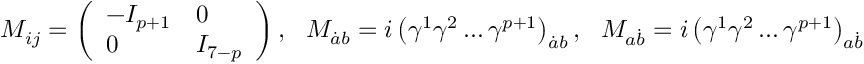
M _ { i j } = \left( \begin{array} { l l } { { - I _ { p + 1 } } } & { { 0 } } \\ { { 0 } } & { { I _ { 7 - p } } } \end{array} \right) , \ \ \ M _ { \dot { a } b } = i \left( \gamma ^ { 1 } \gamma ^ { 2 } \dots \gamma ^ { p + 1 } \right) _ { \dot { a } b } , \ \ \ M _ { a \dot { b } } = i \left( \gamma ^ { 1 } \gamma ^ { 2 } \dots \gamma ^ { p + 1 } \right) _ { a \dot { b } }